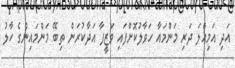
އަދި އަމިއްލަ ދަރި މަންމައާ ހަވާލުކޮށްފައި ވަޒީފާ އަދާކުރަން ތިބޭ މަންމައިންގެ ހާލު